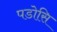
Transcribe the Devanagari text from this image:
पडोसि